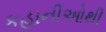
કહાનીઓથી